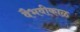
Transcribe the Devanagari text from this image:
वैभवीकाळ